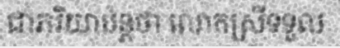
ជាភរិយាបន្តថា លោកស្រីទទួល